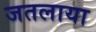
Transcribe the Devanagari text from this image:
जतलाया